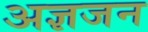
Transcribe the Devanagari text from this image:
अज्ञजन